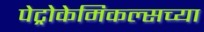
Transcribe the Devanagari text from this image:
पेट्रोकेमिकल्सच्या